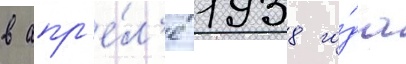
в апр'е́л'е 1938 го́да